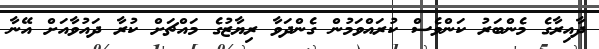
ދާއިރާގެ މެންބަރު ކަންވެސް ކުރައްވަމުން ގެންދަވާ ރިޔާޒުގެ މައްޗަށް ކުރާ ދައުވާއަށް އޭނާ